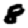
Digit: 8